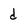
Character: d